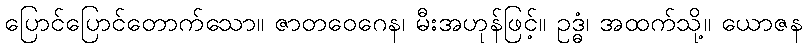
ပြောင်ပြောင်တောက်သော။ ဇာတဝေဂေန၊ မီးအဟုန်ဖြင့်။ ဥဒ္ဓံ၊ အထက်သို့။ ယောဇန